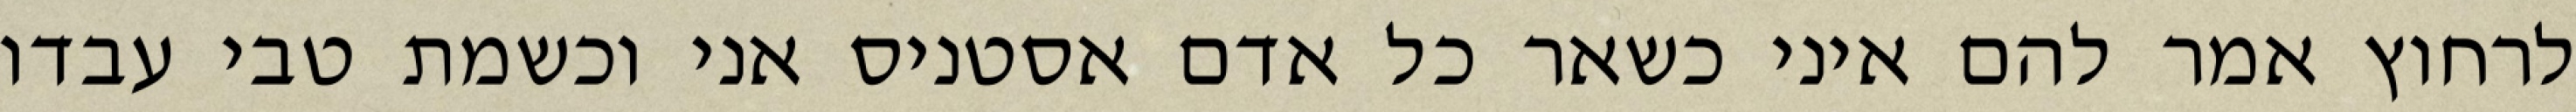
לרחוץ אמר להם איני כשאר כל אדם אסטניס אני וכשמת טבי עבדו